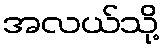
အလယ်သို့